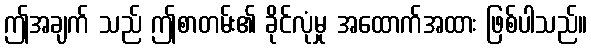
ဤအချက် သည် ဤစာတမ်း၏ ခိုင်လုံမှု အထောက်အထား ဖြစ်ပါသည်။